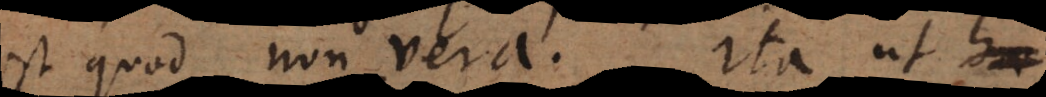
est quod non‐vera. Ita ut hae